Bréfritari: Þórunn Pálsdóttir
Viðtakandi: Páll Pálsson
Dagsetning: A-1826-01-12
Skrifað á: Hallfreðarstöðum  N-Múl.
Páll var bróðir Þórunnar

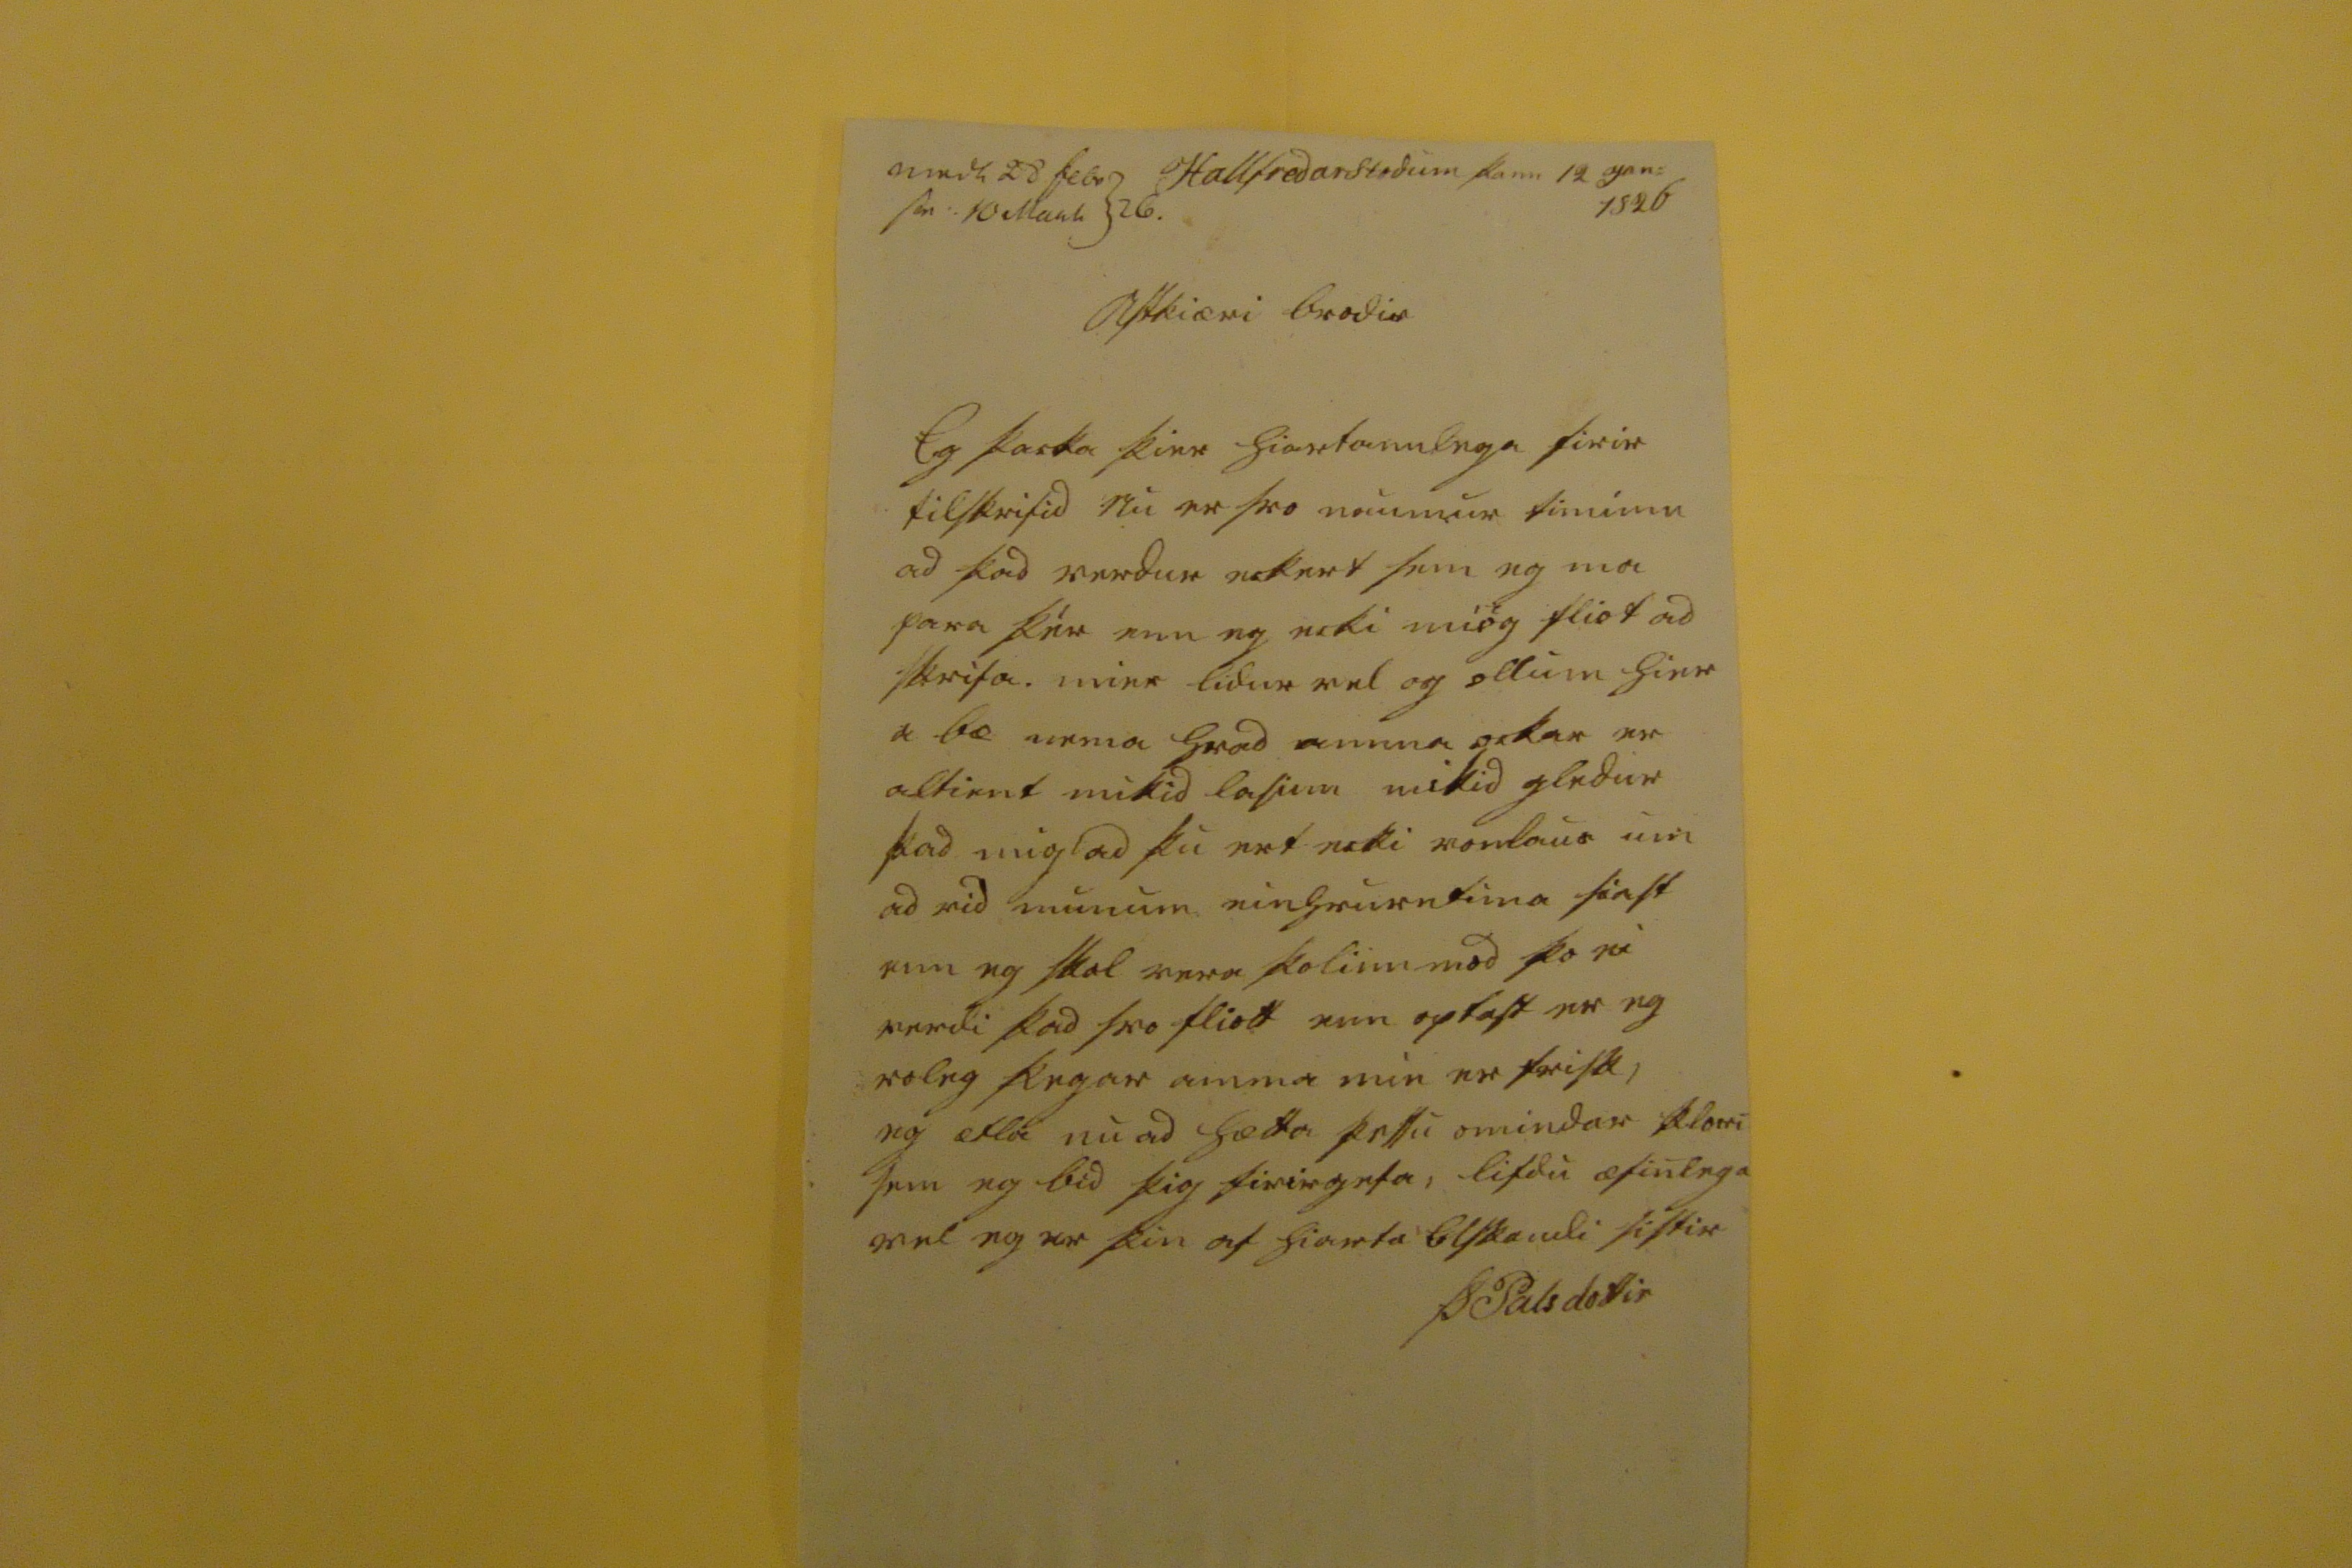

000 28 febr sv: 10 Mar0 26.
Hallfredarstodum þann 12 Jan: 1826
Astkiæri brodir
Ég þacka þier hiartannlega firir tilskrifid nu er svo naumur
timimn
ad þad verdur eckert sem eg ma para þér enn eg ecki miög fliot ad skrifa. mier lidur vel og ollum hier a bæ nema hvad amma ockar er altient mikid lasinn mikid gledur þad mig ad þu ert ecki vonlaus um ad vid munum einhvurntima siast enn eg skal vera þolinnmod þo ei verdi þad svo fliott enn optast er eg roleg þegar amma min er frisk, eg ætla nu ad hætta þessu omindar klori sem eg bid þig firirgefa, lifdu æfinlega vel eg er þin af hiarta elskandi sistir
Þ Palsdottir